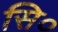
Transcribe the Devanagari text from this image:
सि०